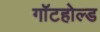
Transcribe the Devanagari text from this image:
गॉटहोल्ड